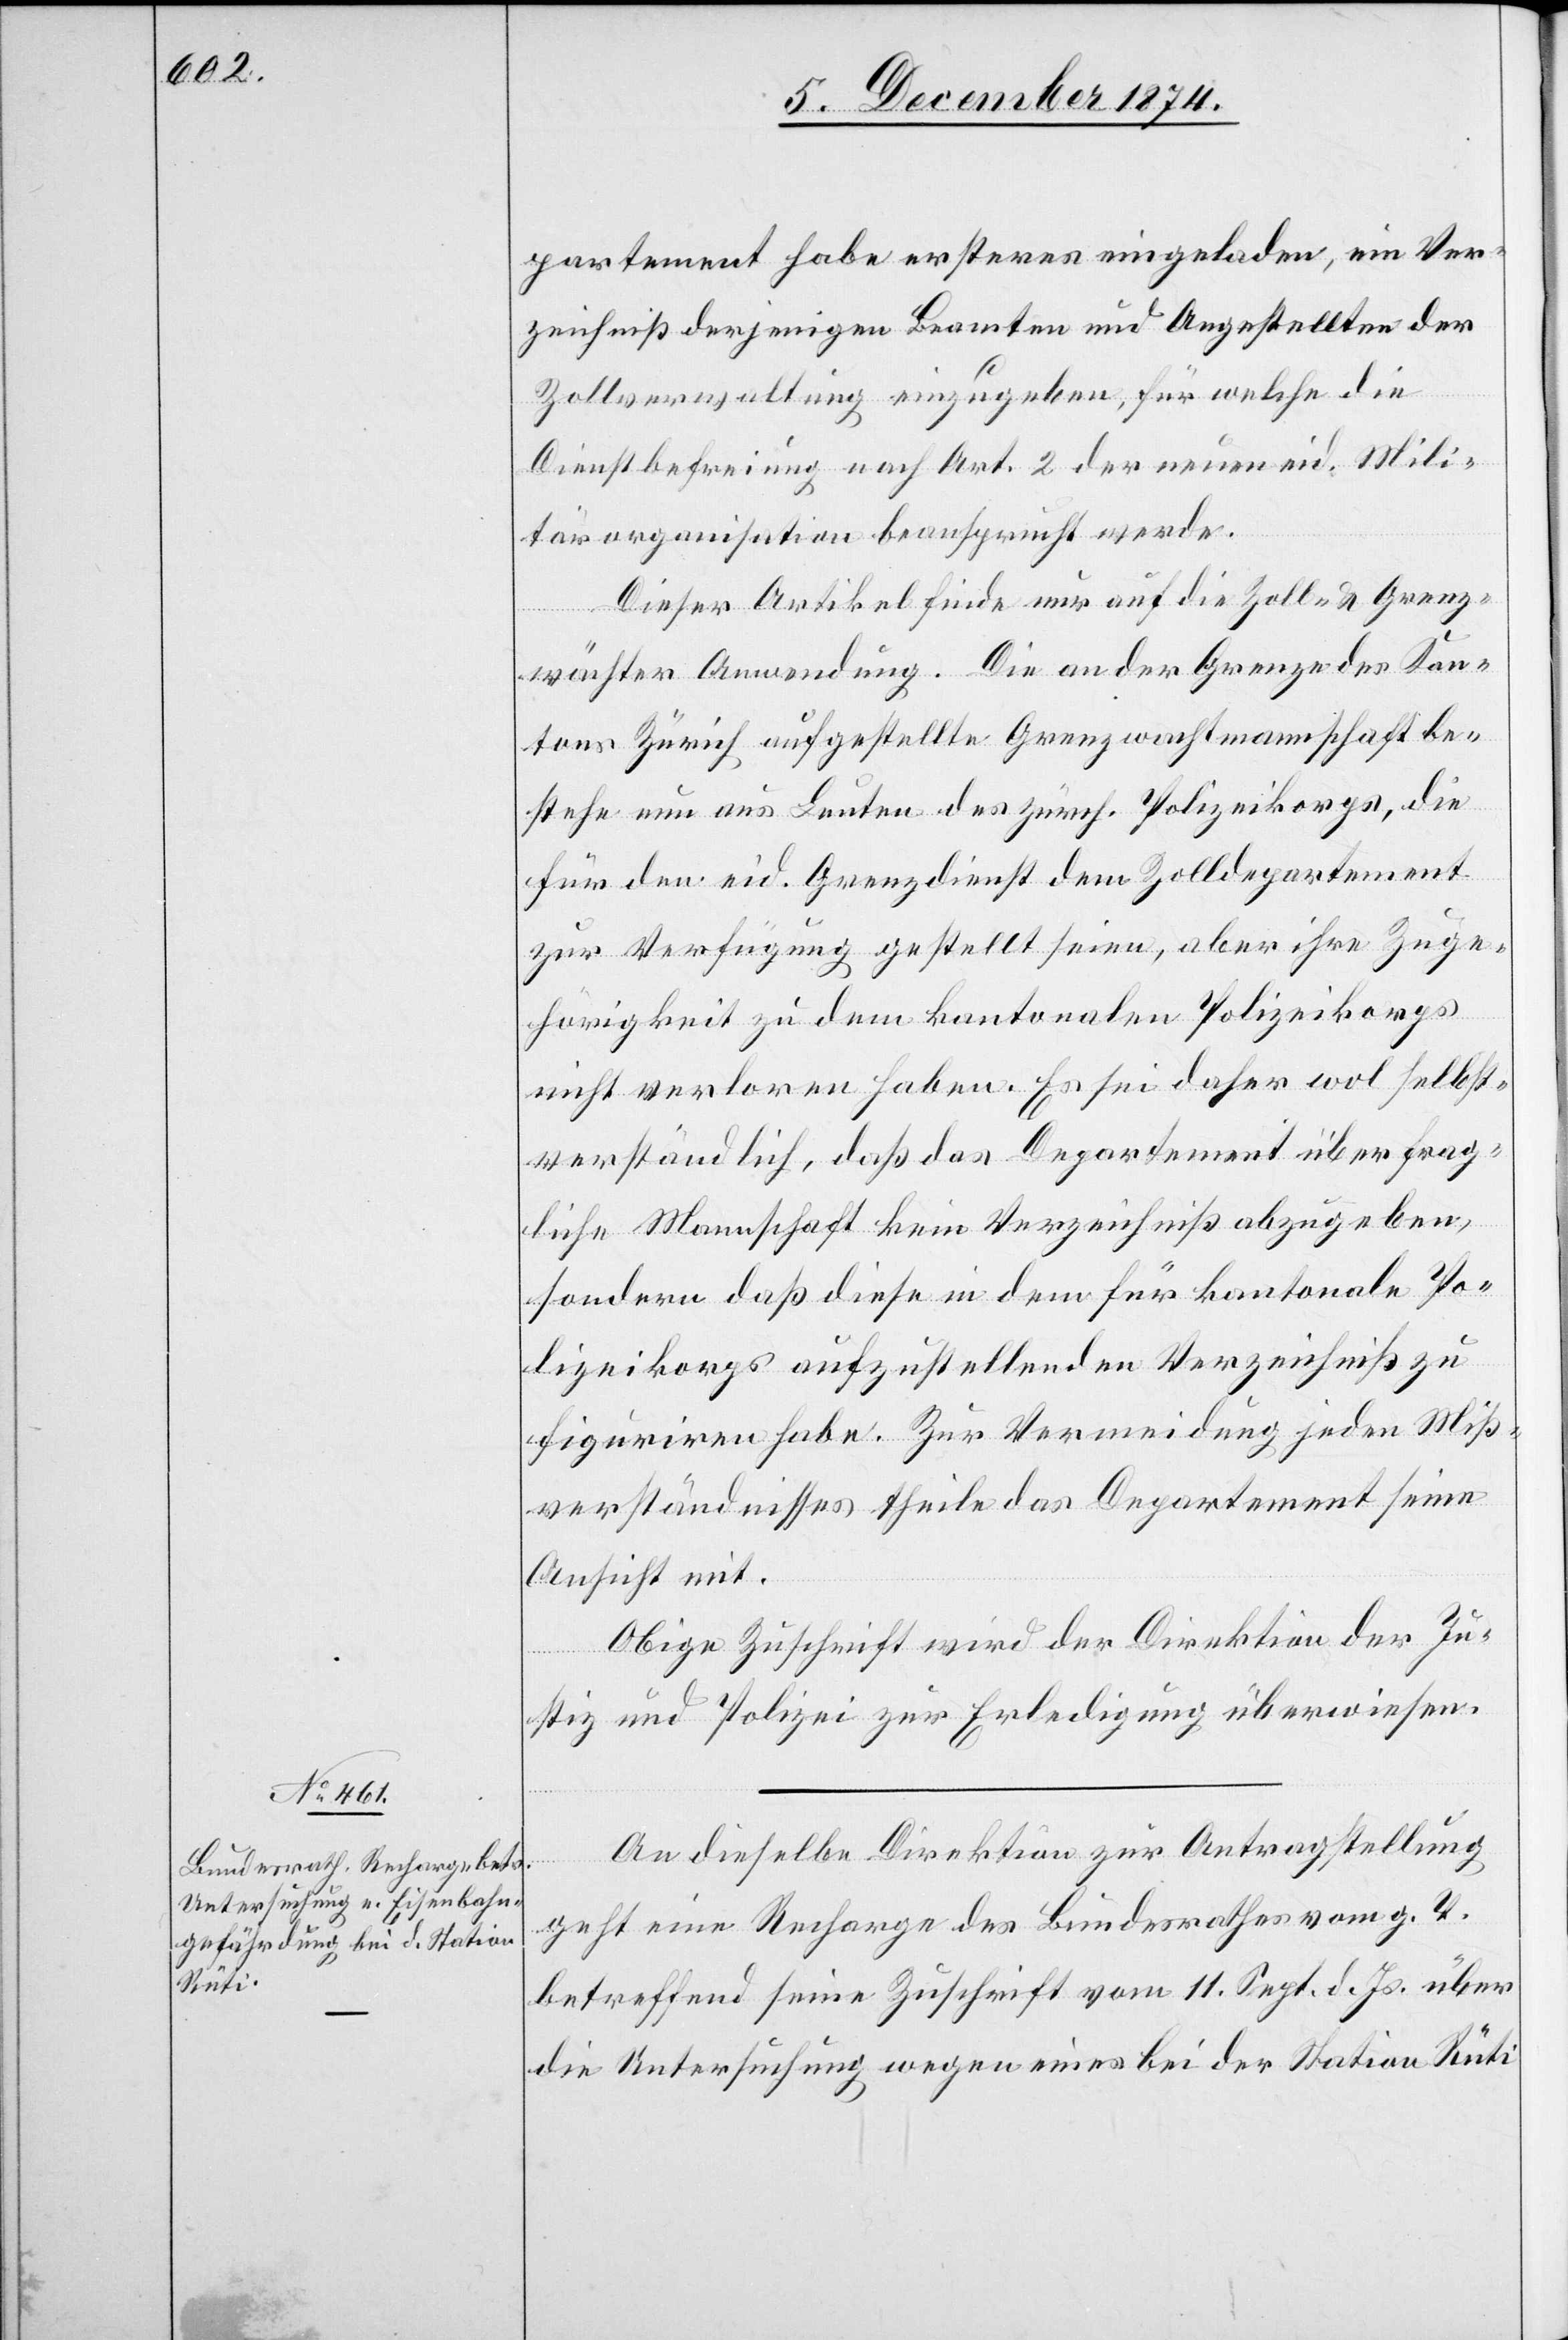
9. Dezember 1874.]
partement habe ersteres eingeladen, ein Ver¬
zeichniß derjenigen Beamten und Angestellten der
Zollverwaltung einzugeben, für welche die
Dienstbefreiung nach Art. 2 der neuen eid. Mili¬
tärorganisation beansprucht werde.
Dieser Artikel finde nur auf die Zoll- & Grenz¬
wächter Anordnung. Die an der Grenze des Kan¬
tons Zürich aufgestellte Grenzwachtmannschaft be¬
stehe nun aus Leuten des zürch. Polizeikorps, die
für den eid. Grenzdienst dem Zolldepartement
zur Verfügung gestellt seien, aber ihre Zuge¬
hörigkeit zu dem kantonalen Polizeikorps
nicht verloren haben. Es sei daher wol selbst¬
verständlich, daß das Departement über frag¬
liche Mannschaft kein Verzeichniß abzugeben,
sondern daß diese in dem für kantonale Po¬
lizeikorps aufzustellenden Verzeichniß zu
figuriren habe. Zur Vermeidung jeden Miß¬
verständnisses theile das Departement seine
Ansicht mit.
Obige Zuschrift wird der Direktion der Ju¬
stiz und Polizei zur Erledigung überwiesen.
An dieselbe Direktion zur Antragstellung
geht eine Recharge des Bundesrathes vom g. T.
betreffend seine Zuschrift vom 11. Sept. d. Js. über
die Untersuchung wegen einer bei der Station Rüti